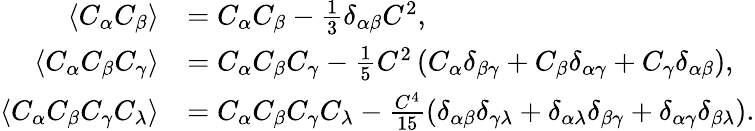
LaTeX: \begin{array}{rl}{\left\langle{C_{\alpha}C_{\beta}}\right\rangle}&{=C_{\alpha}C_{\beta}-\frac{1}{3}\delta_{\alpha\beta}C^{2},}\\ {\left\langle{C_{\alpha}C_{\beta}C_{\gamma}}\right\rangle}&{=C_{\alpha}C_{\beta}C_{\gamma}-\frac{1}{5}C^{2}\left(C_{\alpha}\delta_{\beta\gamma}+C_{\beta}\delta_{\alpha\gamma}+C_{\gamma}\delta_{\alpha\beta}\right),}\\ {\left\langle{C_{\alpha}C_{\beta}C_{\gamma}C_{\lambda}}\right\rangle}&{=C_{\alpha}C_{\beta}C_{\gamma}C_{\lambda}-\frac{C^{4}}{15}\left(\delta_{\alpha\beta}\delta_{\gamma\lambda}+\delta_{\alpha\lambda}\delta_{\beta\gamma}+\delta_{\alpha\gamma}\delta_{\beta\lambda}\right).}\end{array}